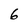
Character: 6